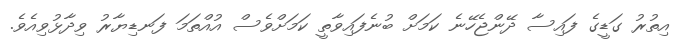
އިތުރު ގަޑީގެ ފައިސާ ދޭންޖެހޭނެ ކަމަށް ބުނެފައިވާތީ ކަމަށްވެސް އުއްތަމަ ފަނޑިޔާރު ވިދާޅުވިއެވެ.